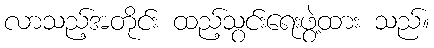
လာသည့်အတိုင်း ထည့်သွင်းရေးဖွဲ့ထား သည်။